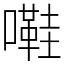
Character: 嚡